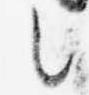
言